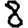
Digit: 8